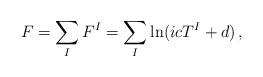
LaTeX: \begin{align*}F=\sum_IF^I=\sum_{I}\ln(icT^I+d)\, ,\end{align*}